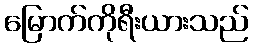
မြောက်ကိုရီးယားသည်